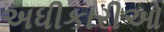
અધીકારીઓ